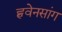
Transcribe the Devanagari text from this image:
ह्ववेनसांग